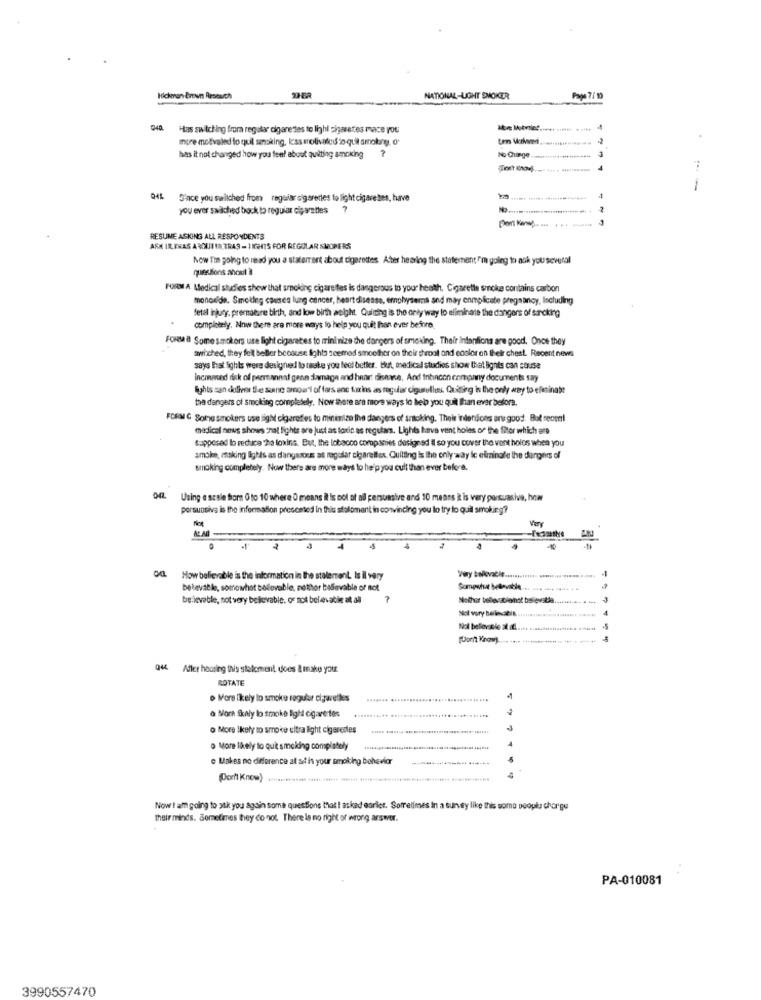
Hickman Ertun Arsesich
NATIONAL-LIGHT SMOKER
Page 7/ 10
Has switching froma regalar cigarettes to lighl cigaretes mace you
-
mire motivaled lo quil sansking, less erolivated to quit smoking, o
ten Marked
has it not changed how you feel about quilting smoking ?
No Chuinge
Since you switched from regular cigarettes to light cigare tes, have
you ever sailched bock to reguiar cigarettes ?
RESUNE ASKING ALL RESPONDENTS
ARM URLTHAS AROUTIN TRAS - 1ICHITS FOR REGOLAR SMOPERS
Now Ti going to read you a staterrart about cigarettes. After hearing the statement I'm going to ask you several
questions about il
FORM A. Medical studies show that smoking cigarettes is dangerous to your heath. Cigarette smoke contains carbon
monoxide. Smeleg causes lung cancer, heartdisease, emphysema and may complicate pregnancy, Including
fetal injury. premature birth, and low birth weight. Quitting is the only way to eliminate the dangers of sancking
completely. Now there are more ways to help you quit than ever before,
Fous & Some smokers use light cigaretes to minimize the dangers of smoking. Their intentions are good. Once they
switched, they fell beller because fights seemed smoothor on their throat and coolor on their chest. Recent news
says Erat lights were designed to take you feel better. but, medical studios show that lignis can cause
Incanned risk of perunnat genn downage and heart disease, And Inhacon company documents say
This san deliver the scene amount of fars ane forins as regular ciguillees Casting is the only way to eliminate
the dangers of smoking completely. Now there are more ways to lieb you quit than ever before.
FORM & Some smokers use ligM cigarettes to minimize the dangers of smoking. Their intentions er good. Bot recent
medical news shows that lights are just as toxic as regulars. Lights have vent holes of the fitor which are
supposed to reduce 2a loxins. But, the tobacco companies designed il so you cover the vent holos when you
smoke, making lights as dangerous as regular cigarettes. Quilting is the only way ic eliminate the dangers of
smoking completely. Now there are more ways to helpyou cult than ever before.
Using a scale for O to 10 where O means it is not at all persuasive and 10 meats R is very porsuasiva, how
porsunsiva is the information presented in this staloment in convincing you lo try to quit smoking?
Vary
Very bollevatie ..
od.
How believable is the information in the statement. Is il very
-
believable, somewhat bodovable, nothor believable or not
Somewhat blevable
believeble, not very believable. of mot belevatie at all
7
Nether believablehot believable
Noll vory bellesbis
Nol bellevuele at ....
& Mler housing this sstatomenit does &make your
ROTATE
o More likely to smoke regular cijavelles
a Norh Skaly lo smoke ligh cigarettes
o More Ikety to smoke ultra light cigerentes
. More likely to quit smoking completely
e Makes no difference al sal is your smoking bohevior
(Porfi Know)
Now ! am going to stk you again some questions that ! asked esrict. Sometimes In a suney like this some people charge
their minds. Sometimes they do not. There is no right or wrong answer.
PA-010081
3990557470